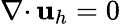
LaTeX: {{\nabla\cdot}\, }{\mathbf u}_{h}=0